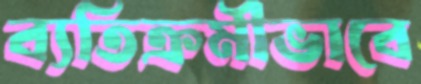
ব্যতিক্রমীভাবে